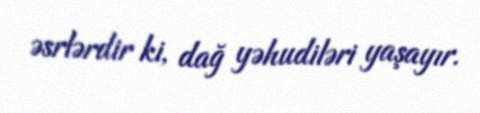
əsrlərdir ki, dağ yəhudiləri yaşayır.